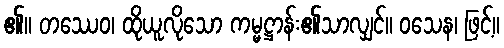
၏။ တဿေဝ၊ ထိုယူလိုသော ကမ္မဋ္ဌာန်း၏သာလျှင်။ ဝသေန၊ ဖြင့်။